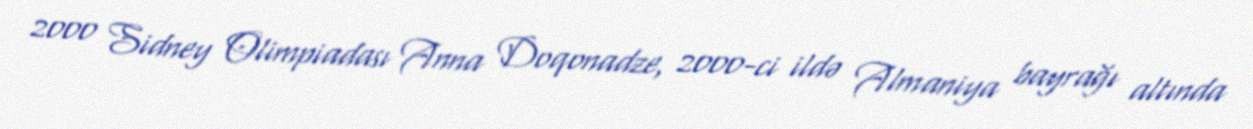
2000 Sidney Olimpiadası Anna Doqonadze, 2000-ci ildə Almaniya bayrağı altında